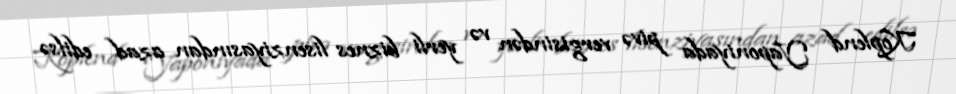
Koplend Yaponiyada pivə vergisindən və yerli biznes lisenziyasından azad edilsə